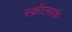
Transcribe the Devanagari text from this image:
स्क्रॉलवर्क